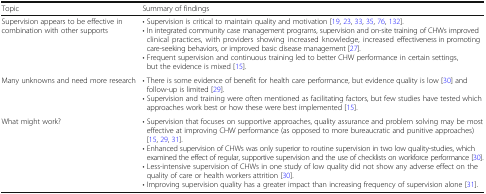
| Topic | Summary of findings |
 | --- | --- |
 | Supervision appears to be effective in combination with other supports | • Supervision is critical to maintain quality and motivation [19, 23, 33, 35, 76, 132].• In integrated community case management programs, supervision and on-site training of CHWs improved clinical practices, with providers showing increased knowledge, increased effectiveness in promoting care-seeking behaviors, or improved basic disease management [27].• Frequent supervision and continuous training led to better CHW performance in certain settings, but the evidence is mixed [15]. |
 | Many unknowns and need more research | • There is some evidence of benefit for health care performance, but evidence quality is low [30] and follow-up is limited [29].• Supervision and training were often mentioned as facilitating factors, but few studies have tested which approaches work best or how these were best implemented [15]. |
 | What might work? | • Supervision that focuses on supportive approaches, quality assurance and problem solving may be most effective at improving CHW performance (as opposed to more bureaucratic and punitive approaches) [15, 29, 31].• Enhanced supervision of CHWs was only superior to routine supervision in two low quality-studies, which examined the effect of regular, supportive supervision and the use of checklists on workforce performance [30].• Less-intensive supervision of CHWs in one study of low quality did not show any adverse effect on the quality of care or health workers attrition [30].• Improving supervision quality has a greater impact than increasing frequency of supervision alone [31]. |